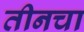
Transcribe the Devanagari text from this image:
तीनचा